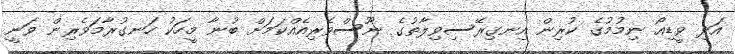
އަދި ވީޑިއޯ ނިމުމުގެ ކުރިން އިނގިރޭސިވިލާތުގެ ނޫސްވެރިއެއްކަމަށް ބުނާ މީހަކު ހަނގުރާމަވެރިން ވަނީ